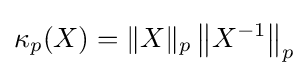
\kappa _{p}(X)=\|X\|_{p}\left\|X^{-1}\right\|_{p}